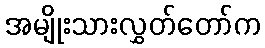
အမျိုးသားလွှတ်တော်က